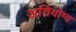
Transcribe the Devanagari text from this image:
अतियोग्य